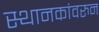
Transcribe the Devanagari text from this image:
स्थानकांवरुन